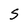
Character: S